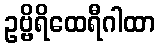
ဥဗ္ဗိရိထေရီဂါထာ